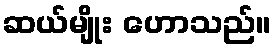
ဆယ်မျိုး ဟောသည်။